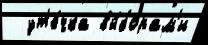
  ут'е́чка вы́борам'и